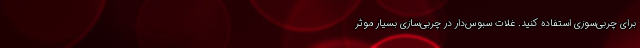
برای چربی‌سوزی استفاده کنید. غلات سبوس‌دار در چربی‌سازی بسیار موثر